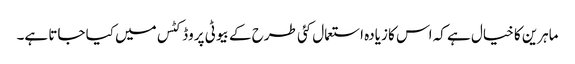
ماہرین کا خیال ہے کہ اس کا زیادہ استعمال کئی طرح کے بیوٹی پروڈکٹس میں کیا جاتا ہے۔